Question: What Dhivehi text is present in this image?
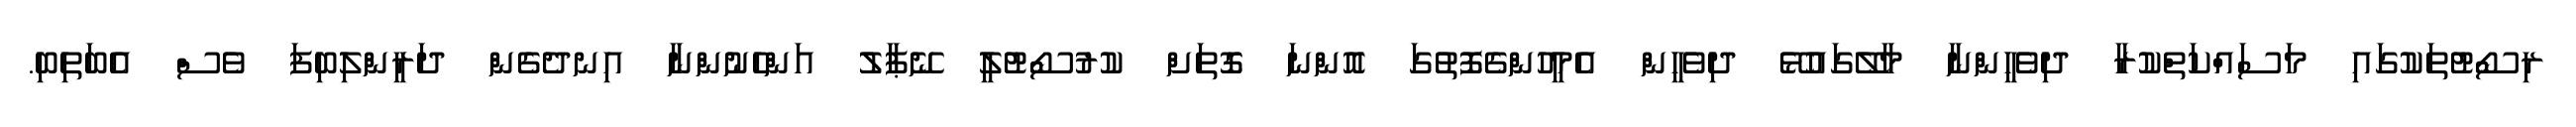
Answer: ރިސޯޓުތަކުގައި މަސައްކަތްކުރާ ދިވެހީންނާ މާލޭގައުޅޭ ދިވެހީން އެމީހުންގެފޮތުގަ އޮންނަ ގޮތަށް ކުރުސޯޓުލީ ނޭޕާލު އަންހެނުންނާ އިނދެގެން ދަރީންލިބިފަ ވެސް އެބަތިބި.